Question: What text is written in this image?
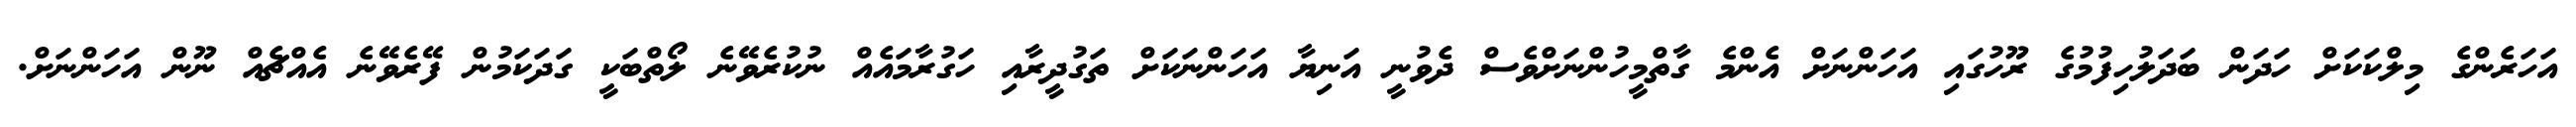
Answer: އަހަރެންގެ މިލްކަކަށް ހަދަން ބަދަލުހިފުމުގެ ރޫހުގައި އަހަންނަށް އެންމެ ގާތްމީހުންނަށްވެސް ދެވުނީ އަނިޔާ އަހަންނަކަށް ތަގުދީރާއި ހަގުރާމައެއް ނުކުރެވޭނެ ލޯތްބަކީ ގަދަކަމުން ފޭރެވޭނެ އެއްޗެއް ނޫން އަހަންނަށް.